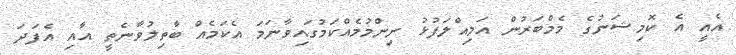
އެއީ އެ ކޮމިޝަނުގެ މެމްބަރުން އަމިއްލަފުޅު ނިންމުމެއްކަމުގައިވާނަމަ އެކަމެއް ބާތިލުވާނެތީ އާއި އެފަދަ